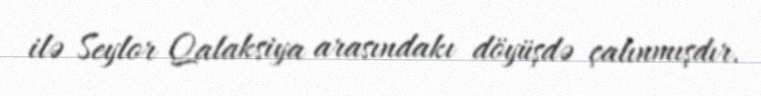
ilə Seylor Qalaksiya arasındakı döyüşdə çalınmışdır.